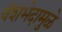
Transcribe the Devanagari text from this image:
वंशभेदामुळे